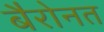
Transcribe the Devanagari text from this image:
बैरोनत